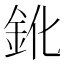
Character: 鈋